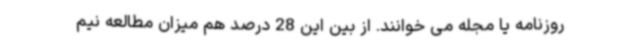
روزنامه یا مجله می خوانند. از بین این 28 درصد هم میزان مطالعه نیم